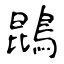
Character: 鵾